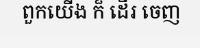
ពួកយើង ក៏ ដើរ ចេញ